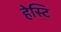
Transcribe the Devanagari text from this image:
हेस्टि